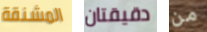
المشنقة دقيقتان من